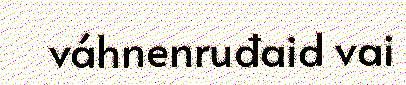
váhnenruđaid vai